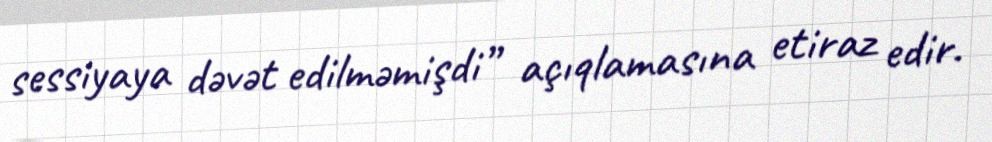
sessiyaya dəvət edilməmişdi” açıqlamasına etiraz edir.